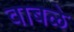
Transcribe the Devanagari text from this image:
वाबळे